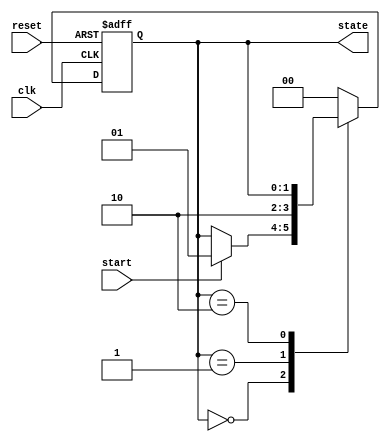
module fsm_example (
    input wire clk,          // Clock input
    input wire reset,        // Asynchronous reset
    input wire start,        // Start signal
    output reg [1:0] state   // 2-bit state output
);

    // State encoding
    localparam IDLE    = 2'b00;
    localparam RUNNING = 2'b01;
    localparam DONE    = 2'b10;

    // Initial state
    initial begin
        state = IDLE;
    end

    // FSM process
    always @(posedge clk or posedge reset) begin
        if (reset) begin
            state <= IDLE; // Reset state to IDLE
        end else begin
            case (state)
                IDLE: begin
                    if (start) begin
                        state <= RUNNING; // Transition to RUNNING
                    end
                end
                RUNNING: begin
                    // Simulate some processing
                    // After some condition, transition to DONE
                    state <= DONE; // For simplicity, transition directly to DONE
                end
                DONE: begin
                    // Stay in DONE state or reset based on some condition
                    // Here we can add logic to go back to IDLE if needed
                end
                default: state <= IDLE; // Default case to avoid latches
            endcase
        end
    end

endmodule